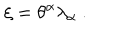
LaTeX: \xi = \theta ^ { \alpha } \lambda _ { \alpha } \ .